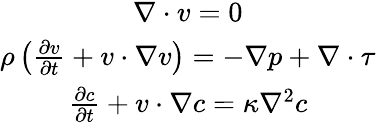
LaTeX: \begin{array}{c}{\nabla\cdot v=0}\\ {\rho\left(\frac{\partial v}{\partial t}+v\cdot\nabla v\right)=-\nabla p+\nabla\cdot\tau}\\ {\frac{\partial c}{\partial t}+v\cdot\nabla c=\kappa\nabla^{2}c}\end{array}